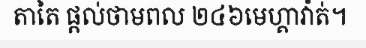
តាតៃ ផ្តល់ថាមពល ២៤៦មេហ្គាវ៉ាត់។